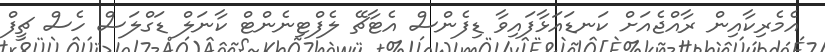
އެމެރިކާއިން ރާއްޖެއަށް ކަނޑައަޅާފައިވާ ޑިފެންސް އެޓާޗޭ ލެފްޓިނެންޓް ކާނަލް ޑަގްލަސް ހެސް ޗީފް